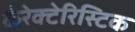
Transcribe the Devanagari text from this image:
कैरेक्टेरिस्टिक